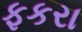
ફકરા